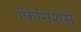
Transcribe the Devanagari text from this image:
फिनिशेस